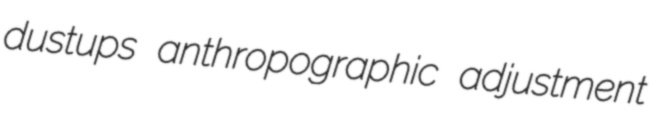
dustups anthropographic adjustment